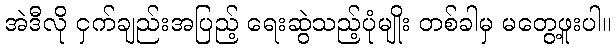
အဲဒီလို ငှက်ချည်းအပြည့် ရေးဆွဲသည့်ပုံမျိုး တစ်ခါမှ မတွေ့ဖူးပါ။